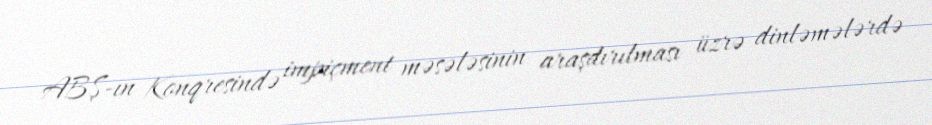
ABŞ-ın Konqresində impiçment məsələsinin araşdırılması üzrə dinləmələrdə